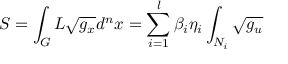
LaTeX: S = \int _ { G } L \sqrt { g _ { x } } d ^ { n } x = \sum _ { i = 1 } ^ { l } \beta _ { i } \eta _ { i } \int _ { N _ { i } } \sqrt { g _ { u } }